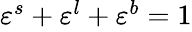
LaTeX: \begin{array}{r}{\varepsilon^{s}+\varepsilon^{l}+\varepsilon^{b}=1}\end{array}